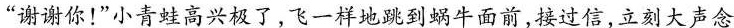
“谢谢你！”小青蛙高兴极了，飞一样地跳到蜗牛面前，接过信，立刻大声念